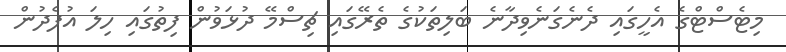
މިޓެސްޓްގެ އެހީގައި ދެނެގަނެވިދާނެ ބަލިތަކުގެ ތެރޭގައި ޗިސްމޭ ދުޅަވުން ފިތުގައި ހިލަ އުފެދުން